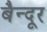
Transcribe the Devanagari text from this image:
बैन्दूर